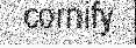
cornify